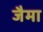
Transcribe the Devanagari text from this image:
जैमा